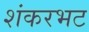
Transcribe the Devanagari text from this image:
शंकरभट